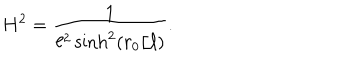
H ^ { 2 } = { \frac { 1 } { \ell ^ { 2 } \sinh ^ { 2 } ( r _ { 0 } / \ell ) } } .